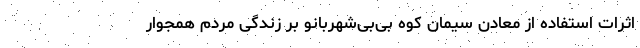
اثرات استفاده از معادن سیمان کوه بی‌بی‌شهربانو بر زندگی مردم همجوار